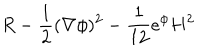
LaTeX: R - { \frac { 1 } { 2 } } ( \nabla \phi ) ^ { 2 } - { \frac { 1 } { 1 2 } } e ^ { \phi } H ^ { 2 }